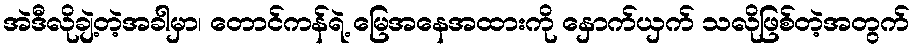
အဲဒီလိုချဲ့တဲ့အခါမှာ၊ တောင်ကန်ရဲ့ မြေအနေအထားကို နှောက်ယှက် သလိုဖြစ်တဲ့အတွက်